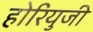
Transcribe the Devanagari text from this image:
होरियुजी